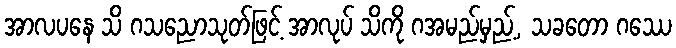
အာလပနေ သိ ဂသညောသုတ်ဖြင့် အာလုပ် သိကို ဂအမည်မှည့်, သခတော ဂဿေ